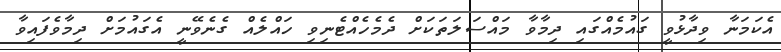
އެކަމަނާ ވިދާޅުވީ ގައުމެއްގައި ދިމާވާ މައްސަލަތަކަށް ދެމެހެއްޓެނިވި ހައްލެއް ގެނެވޭނީ އެގައުމަށް ދިމާވެފައިވާ